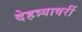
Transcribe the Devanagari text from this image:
देहत्र्यावरीं